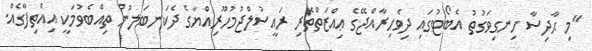
"މި ޙާދިސާ ހިނގިވަގުތު އެބޯޓުގައި ދިވެހިރާއްޖޭގެ ޢިއްޒަތްތެރި ރައީސުލްޖުމުހޫރިއްޔާގެ ދެކަނބަލުން ތިއްބެވުމަކީ އިއްތިފާގެއް.